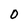
Character: 0